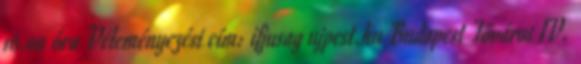
16.00 óra Véleményezési cím: ifjusag ujpest.hu Budapest Főváros IV.